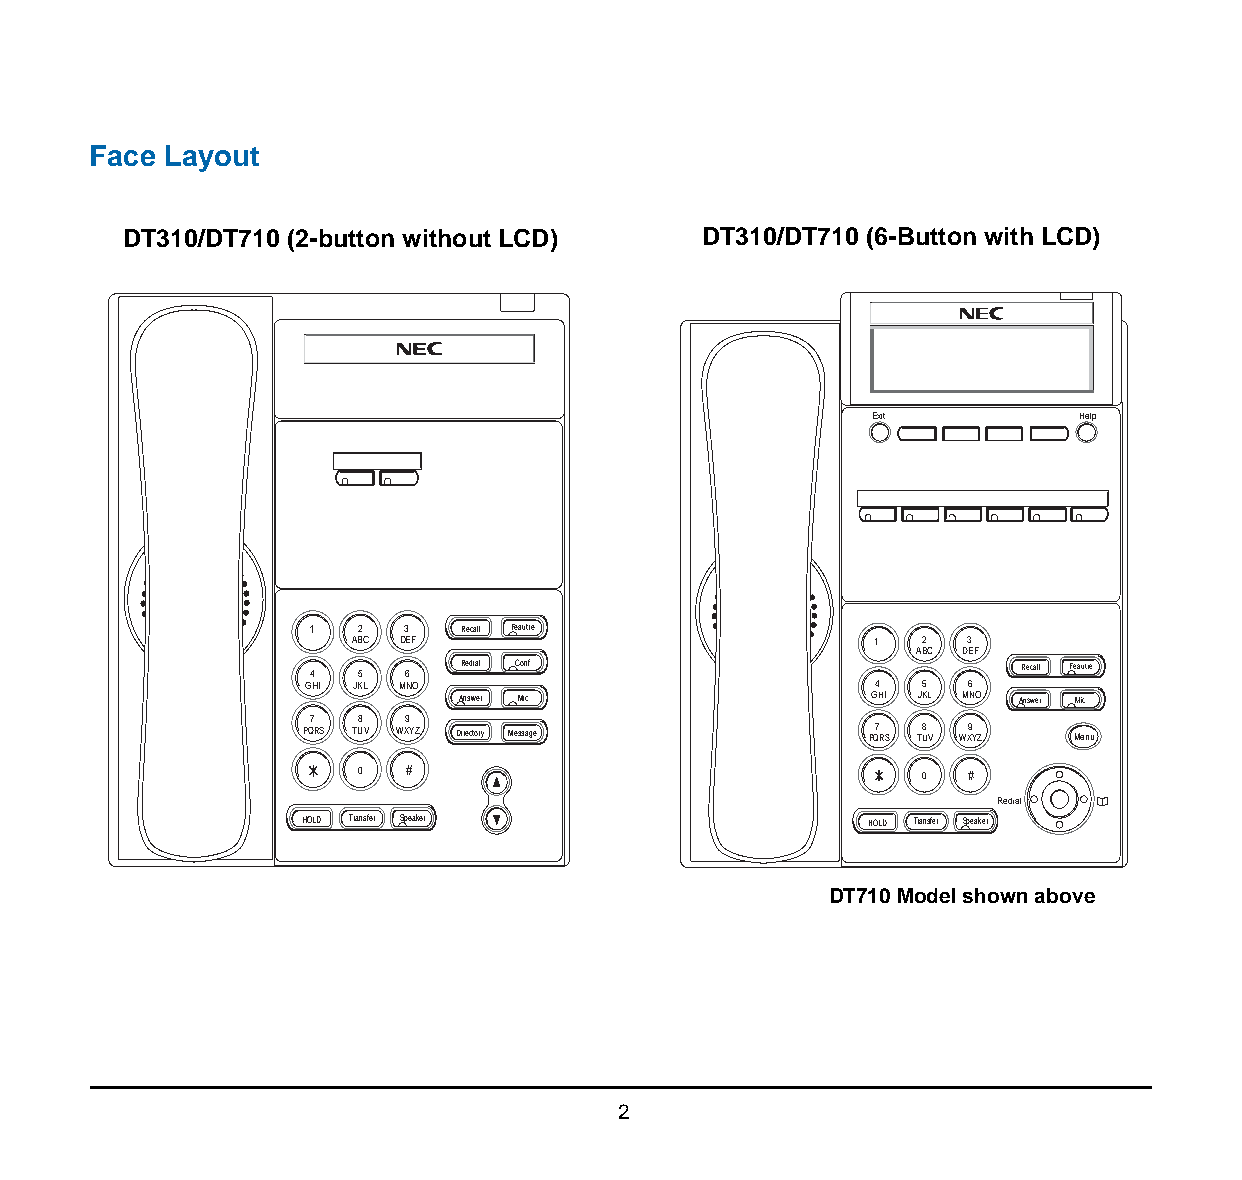
1.
 Face Layout
 DT310/DT710 (2-button without LCD)    DT310/DT710 (6-Button with LCD)
 Exit          Help
 1  2  3   Recall Feautre
 ABC DEF                           1   2  3
 ABC DEF
 4  5  6   Redial Conf                          Recall Feautre
 GHI JKL MNO                          4   5  6
 Answer Mic                 GHI JKL MNO Answer Mic
 7  8  9
 PQRS TUV WXYZ Directory Message      PQ7 RS TU8 V WX9 YZ Menu
 0  #                                  0  #
 Redial
 HOLD Transfer Speaker                 HOLD Transfer Speaker
 DT710 Model shown above
 2